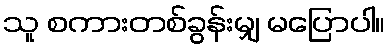
သူ စကားတစ်ခွန်းမျှ မပြောပါ။